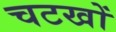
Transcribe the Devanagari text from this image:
चटखों